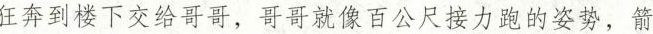
狂奔到楼下交给哥哥，哥哥就像百公尺接力跑的姿势，箭